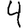
Digit: 4